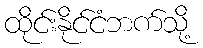
ထိုင်းနိုင်ငံဘက်သို့